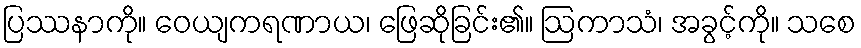
ပြဿနာကို။ ဝေယျကရဏာယ၊ ဖြေဆိုခြင်း၏။ ဩကာသံ၊ အခွင့်ကို။ သစေ